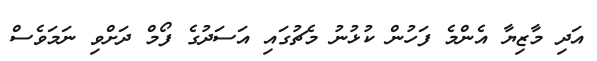
އަދި މާޒިޔާ އެންމެ ފަހުން ކުޅުނު މެޗުގައި އަސަދުގެ ފޯމް ދަށްވި ނަަމަވެސް